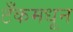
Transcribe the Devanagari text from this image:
टँकमधून